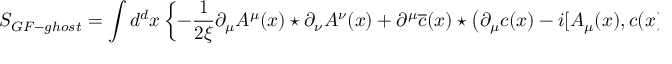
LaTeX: S _ { G F - g h o s t } = \int d ^ { d } x \left\{ - \frac { 1 } { 2 \xi } \partial _ { \mu } A ^ { \mu } ( x ) \star \partial _ { \nu } A ^ { \nu } ( x ) + \partial ^ { \mu } \overline { { { c } } } ( x ) \star \left( \partial _ { \mu } c ( x ) - i [ A _ { \mu } ( x ) , c ( x ) ] _ { M } \right) \right\}